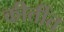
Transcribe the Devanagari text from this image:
कीर्तीत